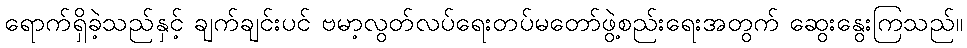
ရောက်ရှိခဲ့သည်နှင့် ချက်ချင်းပင် ဗမာ့လွတ်လပ်ရေးတပ်မတော်ဖွဲ့စည်းရေးအတွက် ဆွေးနွေးကြသည်။